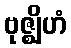
ဗုဇ္ဈိဟံ